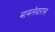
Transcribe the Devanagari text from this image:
मामलेदारास